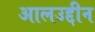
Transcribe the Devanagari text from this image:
आलउद्दीन